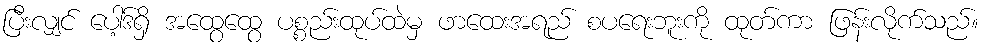
ပြီးလျှင် ပေါ့ဒ်ရှိ အထွေထွေ ပစ္စည်းထုပ်ထဲမှ ဖာထေးအရည် စပရေးဘူးကို ထုတ်ကာ ဖြန်းလိုက်သည်။